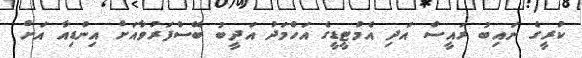
ކުރީގެ ނައިބު ރައީސް އަދި އެމްޓީޑީގެ އަހްމަދު އަދީބު ބޭސްފަރުވާއަށް އިންޑިއާ އަށް